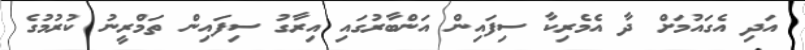
އަދި އެގައުމަށް ދާ އެމެރިކާ ސިފައިން އަންބާރުގައި އިރާގު ސިފައިން ތަމްރީނު ކުރުމުގެ